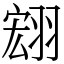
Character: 翝